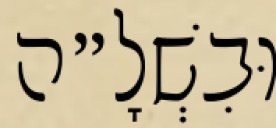
וּבִשְׁלָ״ה